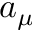
a _ { \mu }